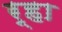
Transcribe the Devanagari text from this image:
र्हा